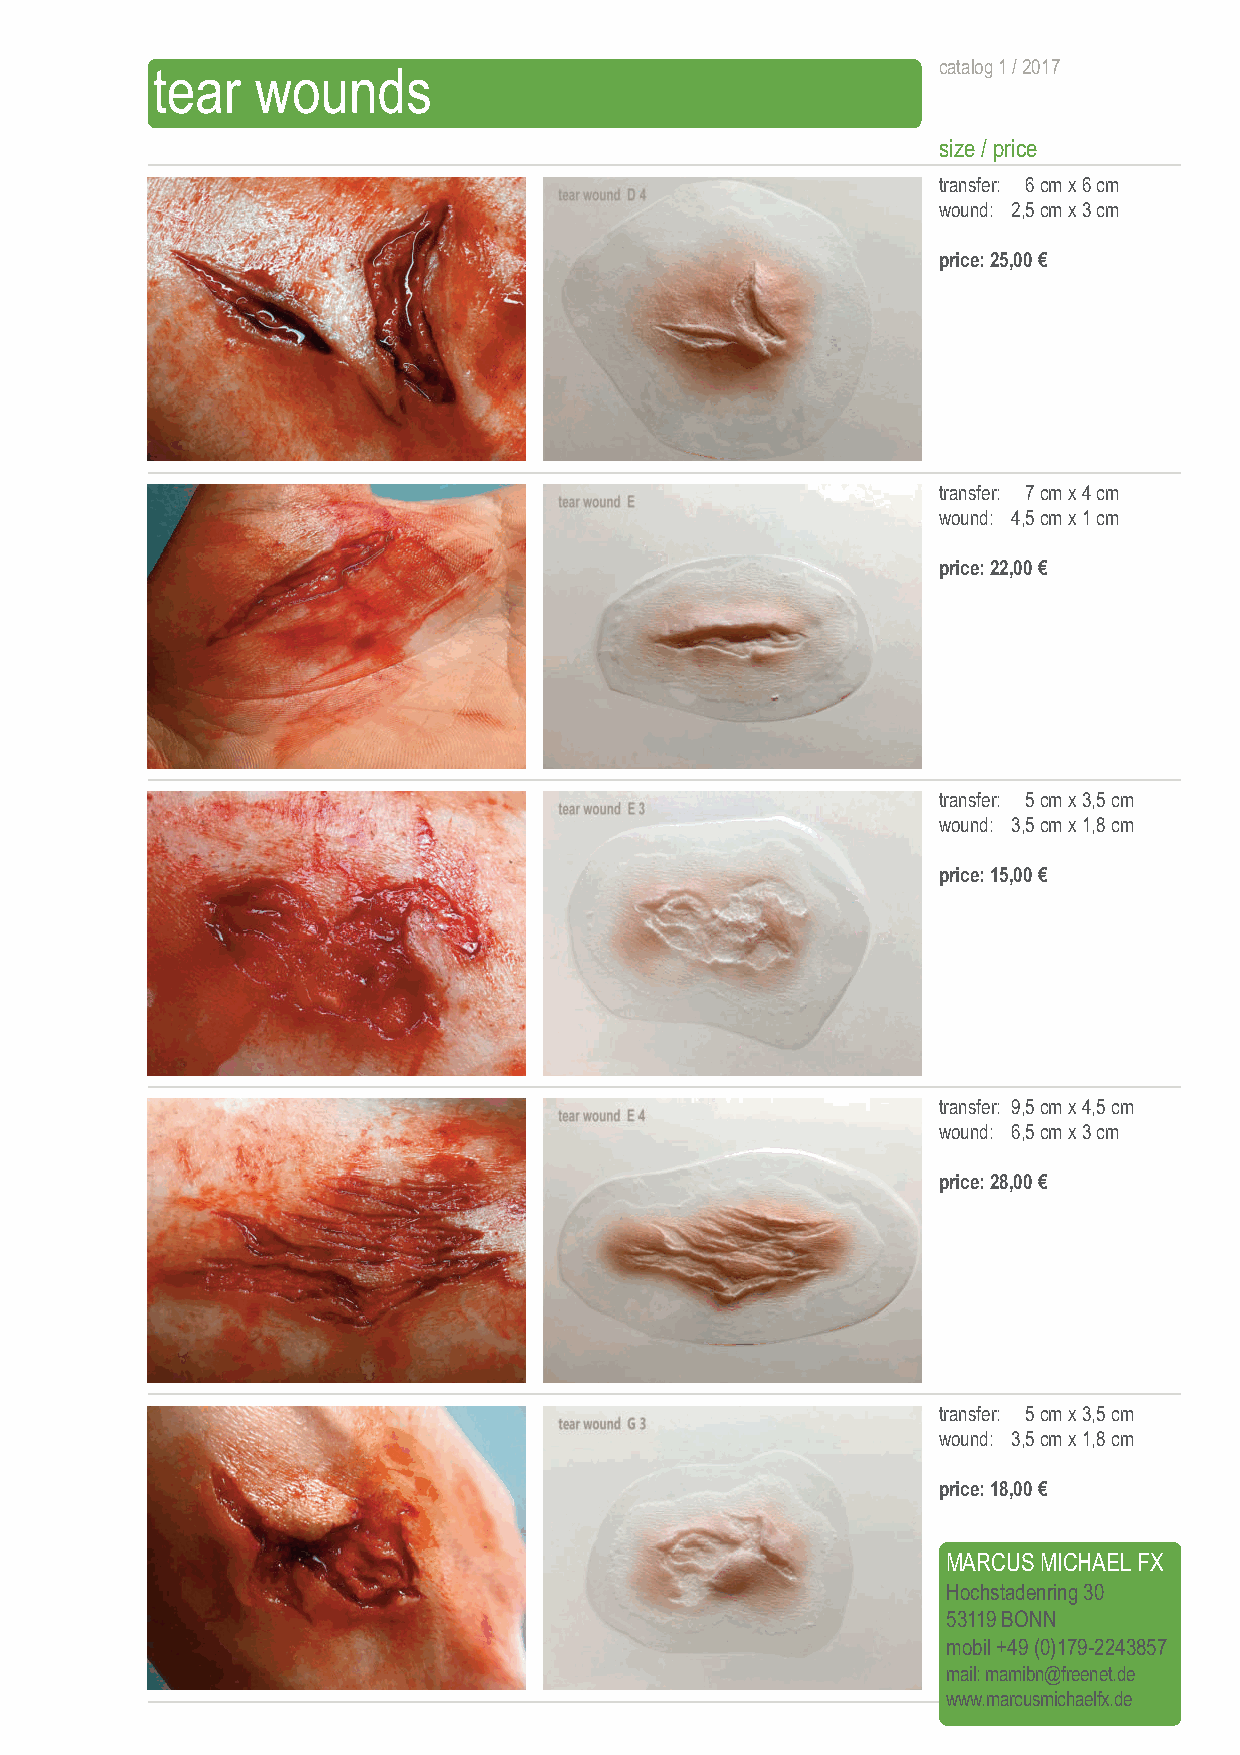
tear   wounds                                       catalog 1 / 2017
 size / price
 transfer: 6 cmx 6 cm
 wound: 2,5 cmx 3 cm
 price: 25,00 €
 transfer: 7 cmx 4 cm
 wound: 4,5 cmx 1 cm
 price: 22,00 €
 transfer: 5 cmx 3,5 cm
 wound: 3,5 cmx 1,8 cm
 price: 15,00 €
 transfer: 9,5 cmx 4,5 cm
 wound: 6,5 cmx 3 cm
 price: 28,00 €
 transfer: 5 cmx 3,5 cm
 wound: 3,5 cmx 1,8 cm
 price: 18,00 €
 MARCUS MICHAEL FX
 Hochstadenring 30
 53119 BONN
 mobil +49 (0)179-2243857
 mail: mamibn@freenet.de
 www.marcusmichaelfx.de